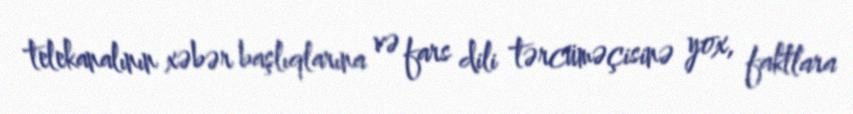
telekanalının xəbər başlıqlarına və fars dili tərcüməçisinə yox, faktlara